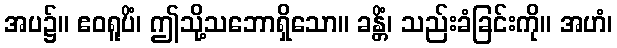
အပ၌။ ဧဝရူပိံ၊ ဤသို့သဘောရှိသော။ ခန္တိံ၊ သည်းခံခြင်းကို။ အဟံ၊